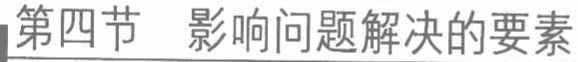
第四节 影响问题解决的要素